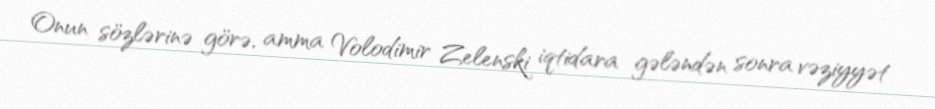
Onun sözlərinə görə, amma Volodimir Zelenski iqtidara gələndən sonra vəziyyət